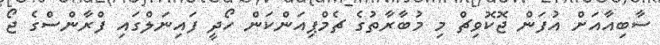
ސާބިއާއަށް އުފަން ޖޮކޮވިޗް މި މުބާރާތުގެ ޗެމްޕިއަންކަން ހޯދީ ފައިނަލްގައި ފްރާންސްގެ ޖޯ